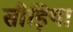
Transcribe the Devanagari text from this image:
सीड़िया